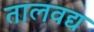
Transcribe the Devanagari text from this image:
तालवद्य